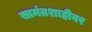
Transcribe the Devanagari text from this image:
सामंतशाहीवर